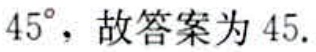
$45^{\circ}$，故答案为$45.$